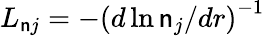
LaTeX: L_{\mathsf{n}j}=-\left(d\ln\mathsf{n}_{j}/dr\right)^{-1}